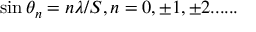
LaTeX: ~ \sin \theta _ { n } = n \lambda / S , n = 0 , \pm 1 , \pm 2 . . . . . .